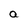
Character: a